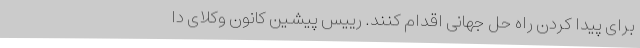
برای پیدا کردن راه حل جهانی اقدام کنند. رییس پیشین کانون وکلای دا